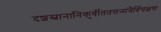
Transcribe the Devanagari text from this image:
दशस्नानानिकुर्वीततत्तन्मंत्रैर्विचक्षणः